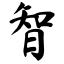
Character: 智